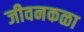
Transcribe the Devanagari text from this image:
जीवनकळा